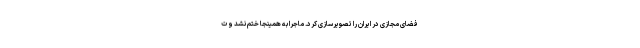
فضای مجازی در ایران را تصویرسازی کرد. ماجرا به همینجا ختم نشد و ت